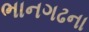
ભાનગઢના